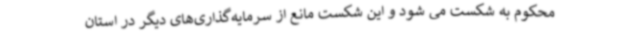
محکوم به شکست می شود و این شکست مانع از سرمایه‌گذاری‌های دیگر در استان